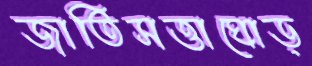
জাতিসত্তাঘোড়